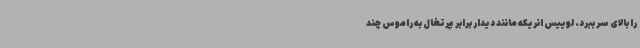
را بالای سر ببرد. لوییس انریکه مانند دیدار برابر پرتغال به راموس چند